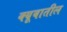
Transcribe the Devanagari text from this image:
क्यूबातील